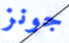
جونز